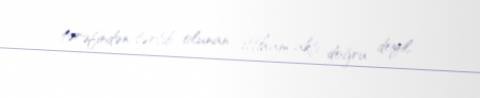
tərəfindən tərtib olunan ittiham aktı doğru deyil.